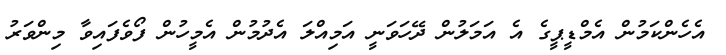
އެހެންކަމުން އެމްޑީޕީގެ އެ އަމަލުން ދޭހަވަނީ އަމިއްލަ އެދުމުން އެމީހުން ފޯވެފައިވާ މިންވަރު